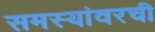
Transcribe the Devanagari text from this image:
समस्यांवरची